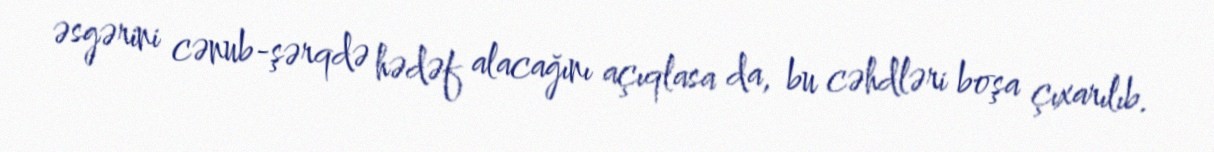
əsgərini cənub-şərqdə hədəf alacağını açıqlasa da, bu cəhdləri boşa çıxarılıb.